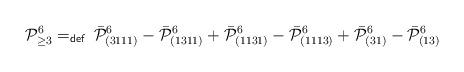
LaTeX: \begin{align*}\mathcal P^6_{\geq 3} =_{\mathsf{def}}\, \bar{\mathcal P}^6_{(3111)} - \bar{\mathcal P}^6_{(1311)} + \bar{\mathcal P}^6_{(1131)} - \bar{\mathcal P}^6_{(1113)} + \bar{\mathcal P}^6_{(31)} - \bar{\mathcal P}^6_{(13)} \end{align*}